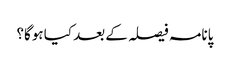
پانامہ فیصلہ کے بعد کیا ہوگا؟